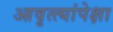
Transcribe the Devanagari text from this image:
आवृत्त्यांपेक्षा